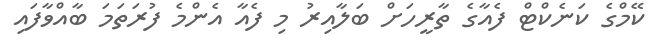
ކޭމްގެ ކަނެކްޓް ފެއާގެ ތާރީހަށް ބަލާއިރު މި ފެއާ އެންމެ ފުރަތަމަ ބާއްވާފައި